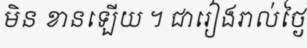
មិន ខានឡើយ ។ ជារៀងរាល់ថ្ងៃ